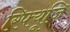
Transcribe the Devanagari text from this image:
रिफ्यूजि